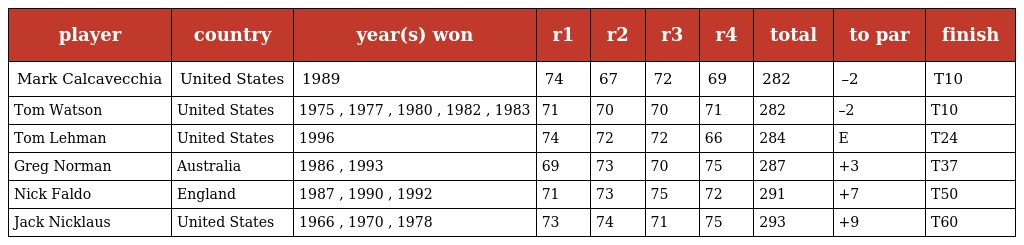
| player | country | year(s) won | r1 | r2 | r3 | r4 | total | to par | finish |
 | --- | --- | --- | --- | --- | --- | --- | --- | --- | --- |
 | Mark Calcavecchia | United States | 1989 | 74 | 67 | 72 | 69 | 282 | –2 | T10 |
 | Tom Watson | United States | 1975 , 1977 , 1980 , 1982 , 1983 | 71 | 70 | 70 | 71 | 282 | –2 | T10 |
 | Tom Lehman | United States | 1996 | 74 | 72 | 72 | 66 | 284 | E | T24 |
 | Greg Norman | Australia | 1986 , 1993 | 69 | 73 | 70 | 75 | 287 | +3 | T37 |
 | Nick Faldo | England | 1987 , 1990 , 1992 | 71 | 73 | 75 | 72 | 291 | +7 | T50 |
 | Jack Nicklaus | United States | 1966 , 1970 , 1978 | 73 | 74 | 71 | 75 | 293 | +9 | T60 |